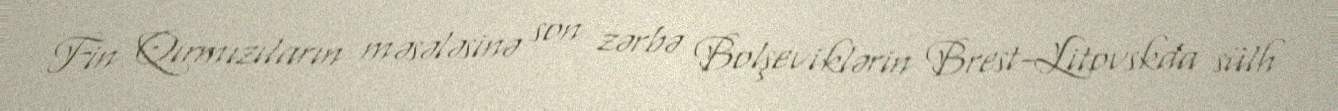
Fin Qırmızıların məsələsinə son zərbə Bolşeviklərin Brest-Litovskda sülh